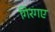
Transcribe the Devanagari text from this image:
गिरगए